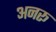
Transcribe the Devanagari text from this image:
अनरू